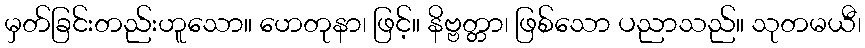
မှတ်ခြင်းတည်းဟူသော။ ဟေတုနာ၊ ဖြင့်။ နိဗ္ဗတ္တာ၊ ဖြစ်သော ပညာသည်။ သုတမယီ၊